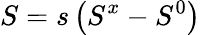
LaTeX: S=s\left(S^{x}-S^{0}\right)